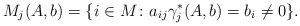
\begin{align*} M_j(A,b)=\{i\in M\colon a_{ij}\gamma^*_j(A,b)=b_i\neq 0\}.\end{align*}